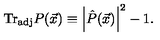
\mathrm { T r } _ { \mathrm { a d j } } P ( { \vec { x } } ) \equiv \left| { \hat { P } } ( { \vec { x } } ) \right| ^ { 2 } - 1 .